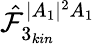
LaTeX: \hat{\mathcal{F}}_{3_{kin}}^{|A_{1}|^{2}A_{1}}